Bombay plague: being a history of the progress of plague in the Bombay presidency from September 1896 to June 1899
Year: 1896
Disease focus: Plague
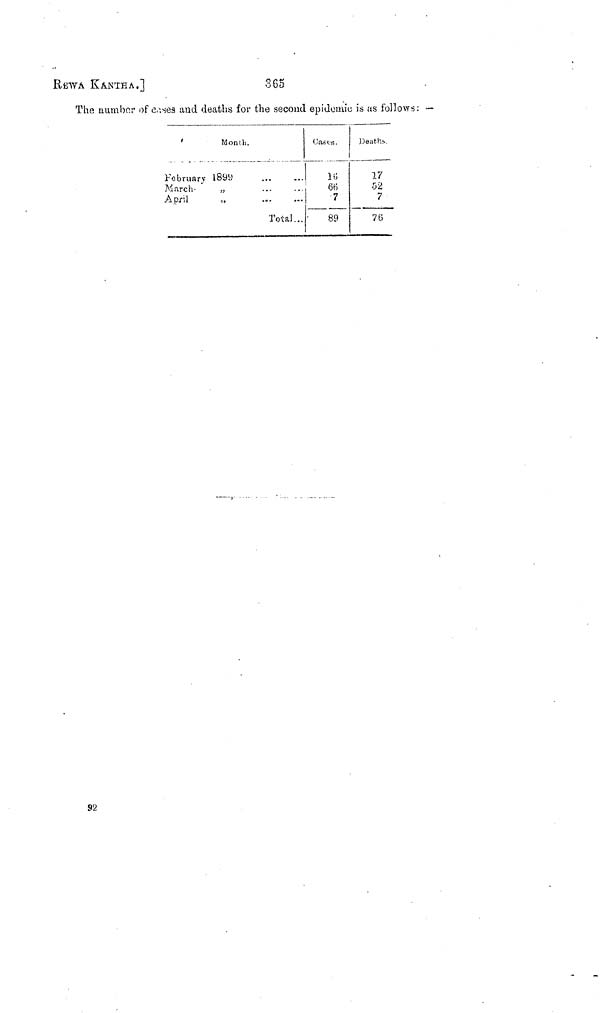
REWA KANTHA.]
365
The number of cases and deaths for the second epidemic is as follows: —
'
Month.
February
1899
March
"
April
Total...
Cases.
16
66
7
89
Deaths.
17
52
7
76
92